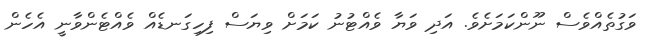
ވަގުތެއްވެސް ނޫންކަމަށެވެ. އަދި ވަޔާ ވެއްޓުނު ކަަމަށް ވިޔަސް ފިހިގަނޑެއް ވެއްޓެންވާނީ އެހެން